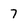
Character: 7